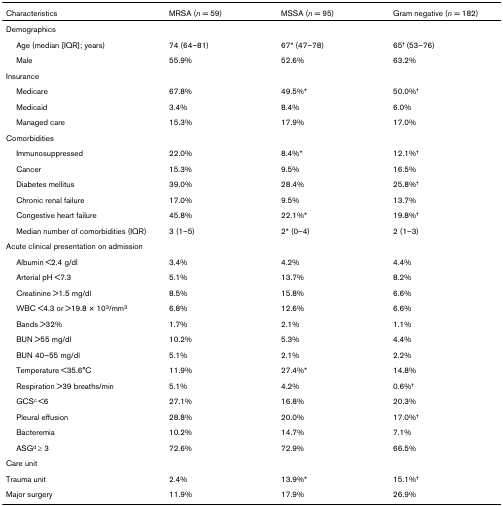
<table><thead><tr><td><b>Characteristics</b></td><td><b>MRSA (<i>n </i>= 59)</b></td><td><b>MSSA (<i>n </i>= 95)</b></td><td><b>Gram negative (<i>n </i>= 182)</b></td></tr></thead><tbody><tr><td colspan="4">Demographics</td></tr><tr><td> Age (median [IQR]; years)</td><td>74 (64–81)</td><td>67* (47–78)</td><td>65<sup>† </sup>(53–76)</td></tr><tr><td> Male</td><td>55.9%</td><td>52.6%</td><td>63.2%</td></tr><tr><td colspan="4">Insurance</td></tr><tr><td> Medicare</td><td>67.8%</td><td>49.5%*</td><td>50.0%<sup>†</sup></td></tr><tr><td> Medicaid</td><td>3.4%</td><td>8.4%</td><td>6.0%</td></tr><tr><td> Managed care</td><td>15.3%</td><td>17.9%</td><td>17.0%</td></tr><tr><td colspan="4">Comorbidities</td></tr><tr><td> Immunosuppressed</td><td>22.0%</td><td>8.4%*</td><td>12.1%<sup>†</sup></td></tr><tr><td> Cancer</td><td>15.3%</td><td>9.5%</td><td>16.5%</td></tr><tr><td> Diabetes mellitus</td><td>39.0%</td><td>28.4%</td><td>25.8%<sup>†</sup></td></tr><tr><td> Chronic renal failure</td><td>17.0%</td><td>9.5%</td><td>13.7%</td></tr><tr><td> Congestive heart failure</td><td>45.8%</td><td>22.1%*</td><td>19.8%<sup>†</sup></td></tr><tr><td> Median number of comorbidities (IQR)</td><td>3 (1–5)</td><td>2* (0–4)</td><td>2 (1–3)</td></tr><tr><td colspan="4">Acute clinical presentation on admission</td></tr><tr><td> Albumin &lt;2.4 g/dl</td><td>3.4%</td><td>4.2%</td><td>4.4%</td></tr><tr><td> Arterial pH &lt;7.3</td><td>5.1%</td><td>13.7%</td><td>8.2%</td></tr><tr><td> Creatinine &gt;1.5 mg/dl</td><td>8.5%</td><td>15.8%</td><td>6.6%</td></tr><tr><td> WBC &lt;4.3 or &gt;19.8 × 10<sup>3</sup>/mm<sup>3</sup></td><td>6.8%</td><td>12.6%</td><td>6.6%</td></tr><tr><td> Bands &gt;32%</td><td>1.7%</td><td>2.1%</td><td>1.1%</td></tr><tr><td> BUN &gt;55 mg/dl</td><td>10.2%</td><td>5.3%</td><td>4.4%</td></tr><tr><td> BUN 40–55 mg/dl</td><td>5.1%</td><td>2.1%</td><td>2.2%</td></tr><tr><td> Temperature &lt;35.6°C</td><td>11.9%</td><td>27.4%*</td><td>14.8%</td></tr><tr><td> Respiration &gt;39 breaths/min</td><td>5.1%</td><td>4.2%</td><td>0.6%<sup>†</sup></td></tr><tr><td> GCS<sup>c </sup>&lt;6</td><td>27.1%</td><td>16.8%</td><td>20.3%</td></tr><tr><td> Pleural effusion</td><td>28.8%</td><td>20.0%</td><td>17.0%<sup>†</sup></td></tr><tr><td> Bacteremia</td><td>10.2%</td><td>14.7%</td><td>7.1%</td></tr><tr><td> ASG<sup>d </sup>≥ 3</td><td>72.6%</td><td>72.9%</td><td>66.5%</td></tr><tr><td>Care unit</td><td></td><td></td><td></td></tr><tr><td>Trauma unit</td><td>2.4%</td><td>13.9%*</td><td>15.1%<sup>†</sup></td></tr><tr><td>Major surgery</td><td>11.9%</td><td>17.9%</td><td>26.9%</td></tr></tbody></table>